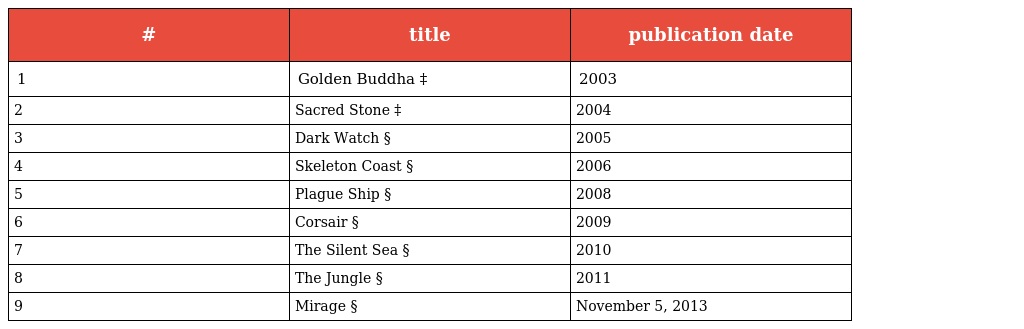
| # | title | publication date |
 | --- | --- | --- |
 | 1 | Golden Buddha ‡ | 2003 |
 | 2 | Sacred Stone ‡ | 2004 |
 | 3 | Dark Watch § | 2005 |
 | 4 | Skeleton Coast § | 2006 |
 | 5 | Plague Ship § | 2008 |
 | 6 | Corsair § | 2009 |
 | 7 | The Silent Sea § | 2010 |
 | 8 | The Jungle § | 2011 |
 | 9 | Mirage § | November 5, 2013 |